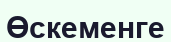
Өскеменге